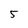
Character: 5